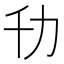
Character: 㔓